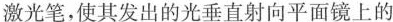
激光笔，使其发出的光垂直射向平面镜上的